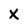
Character: X